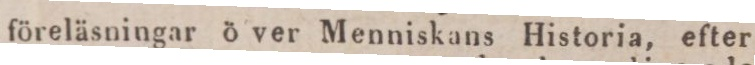
föreläsningar ö ver Menniskans Historia, efter